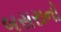
બસરાનો